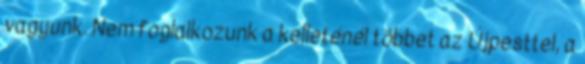
vagyunk. Nem foglalkozunk a kelleténél többet az Újpesttel, a